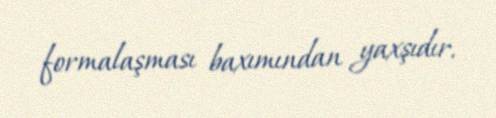
formalaşması baxımından yaxşıdır.